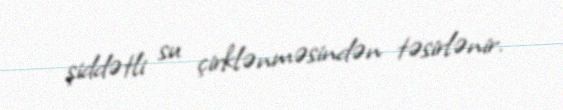
şiddətli su çirklənməsindən təsirlənir.